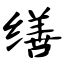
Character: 缮